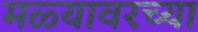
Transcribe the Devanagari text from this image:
मळ्यावरच्या